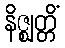
နိဇ္ဈတ္တိံ